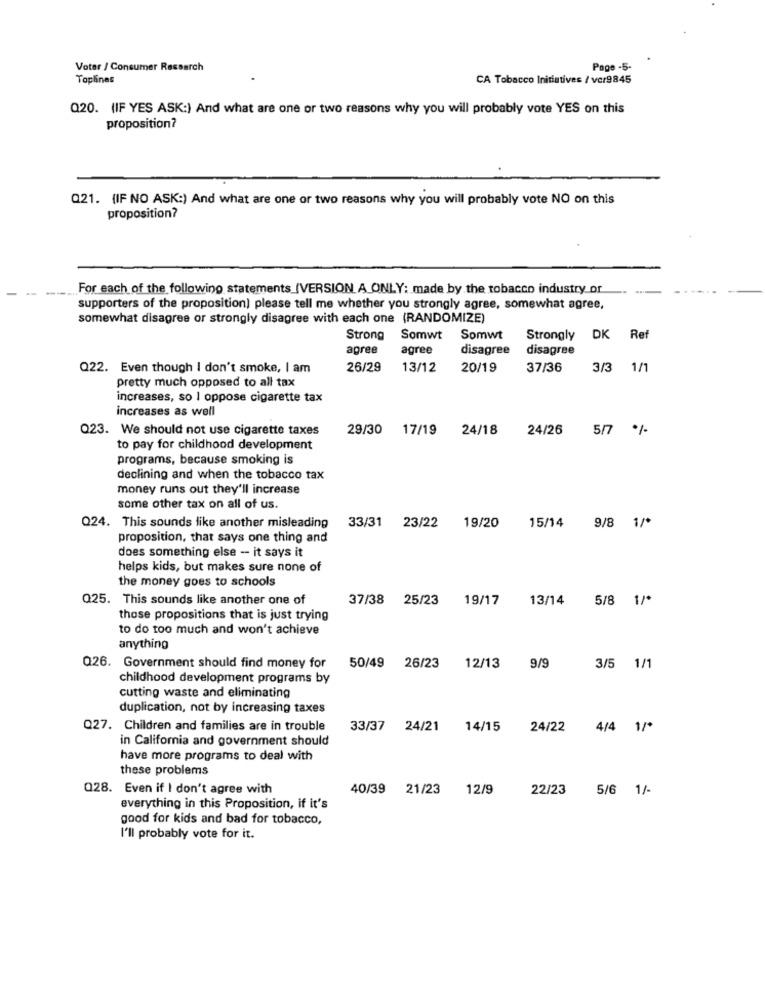
Voter / Consumer Research
Page -5-
Toplines
CA Tobacco Initiatives / vcr9845
Q20. (IF YES ASK:) And what are one or two reasons why you will probably vote YES on this
proposition?
Q21. {IF NO ASK:) And what are one or two reasons why you will probably vote NO on this
proposition?
For each of the following statements (VERSION A ONLY: made by the tobacco industry or
supporters of the proposition) please tell me whether you strongly agree, somewhat agree,
somewhat disagree or strongly disagree with each one (RANDOMIZE)
Strong
Somwt
Somwt
Strongly DK
Ref
agree
agree
disagree
disagree
Q22. Even though I don't smoke, I am
26/29
13/12
20/19
37/36
3/3 1/1
pretty much opposed to all tax
increases, so I oppose cigarette tax
increases as well
Q23. We should not use cigarette taxes
29/30
17/19
24/18
24/26
5/7 %-
to pay for childhood development
programs, because smoking is
declining and when the tobacco tax
money runs out they'll increase
some other tax on all of us.
15/14
Q24. This sounds like another misleading
33/31 23/22
19/20
9/8 1/*
proposition, that says one thing and
does something else -- it says it
helps kids, but makes sure none of
the money goes to schools
Q25. This sounds like another one of
37/38 25/23
19/17
13/14
5/8 1/*
those propositions that is just trying
to do too much and won't achieve
anything
Q26. Government should find money for
50/49
26/23
12/13
9/9
3/5 1/1
childhood development programs by
cutting waste and eliminating
duplication, not by increasing taxes
Q27. Children and families are in trouble
33/37
24/21
14/15
24/22
4/4 1/*
in California and government should
have more programs to deal with
these problems
Q28. Even if I don't agree with
40/39 21/23
12/9
22/23
5/6 1/-
everything in this Proposition, if it's
good for kids and bad for tobacco,
I'll probably vote for it.